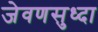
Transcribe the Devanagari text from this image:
जेवणसुध्दा